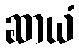
ဆာယံ